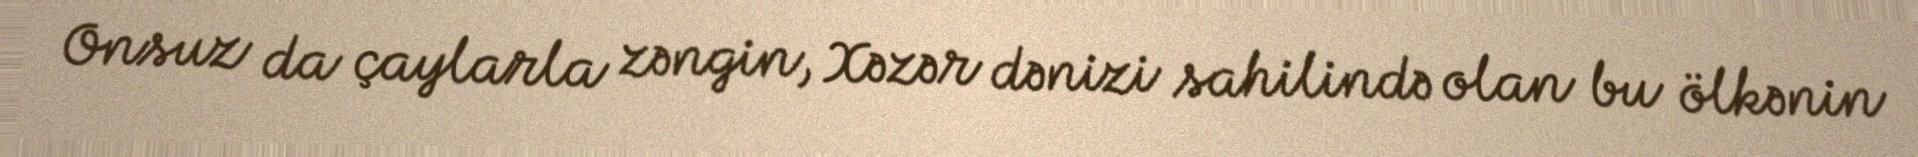
Onsuz da çaylarla zəngin, Xəzər dənizi sahilində olan bu ölkənin